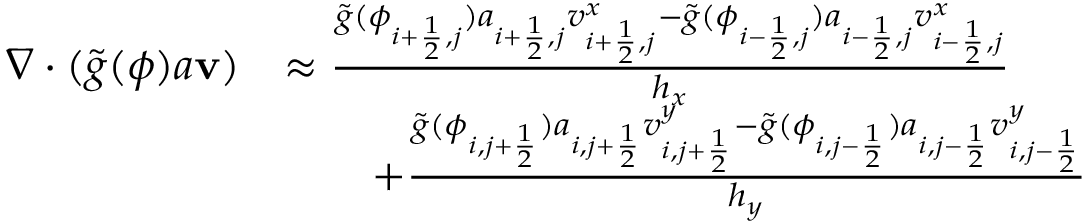
\begin{array} { r l } { \nabla \cdot ( \tilde { g } ( \phi ) a \mathbf { v } ) } & { \approx \frac { \tilde { g } ( \phi _ { i + \frac { 1 } { 2 } , j } ) a _ { i + \frac { 1 } { 2 } , j } v _ { i + \frac { 1 } { 2 } , j } ^ { x } - \tilde { g } ( \phi _ { i - \frac { 1 } { 2 } , j } ) a _ { i - \frac { 1 } { 2 } , j } v _ { i - \frac { 1 } { 2 } , j } ^ { x } } { h _ { x } } } \\ & { \qquad + \frac { \tilde { g } ( \phi _ { i , j + \frac { 1 } { 2 } } ) a _ { i , j + \frac { 1 } { 2 } } v _ { i , j + \frac { 1 } { 2 } } ^ { y } - \tilde { g } ( \phi _ { i , j - \frac { 1 } { 2 } } ) a _ { i , j - \frac { 1 } { 2 } } v _ { i , j - \frac { 1 } { 2 } } ^ { y } } { h _ { y } } } \end{array}